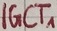
Text: IGCT1